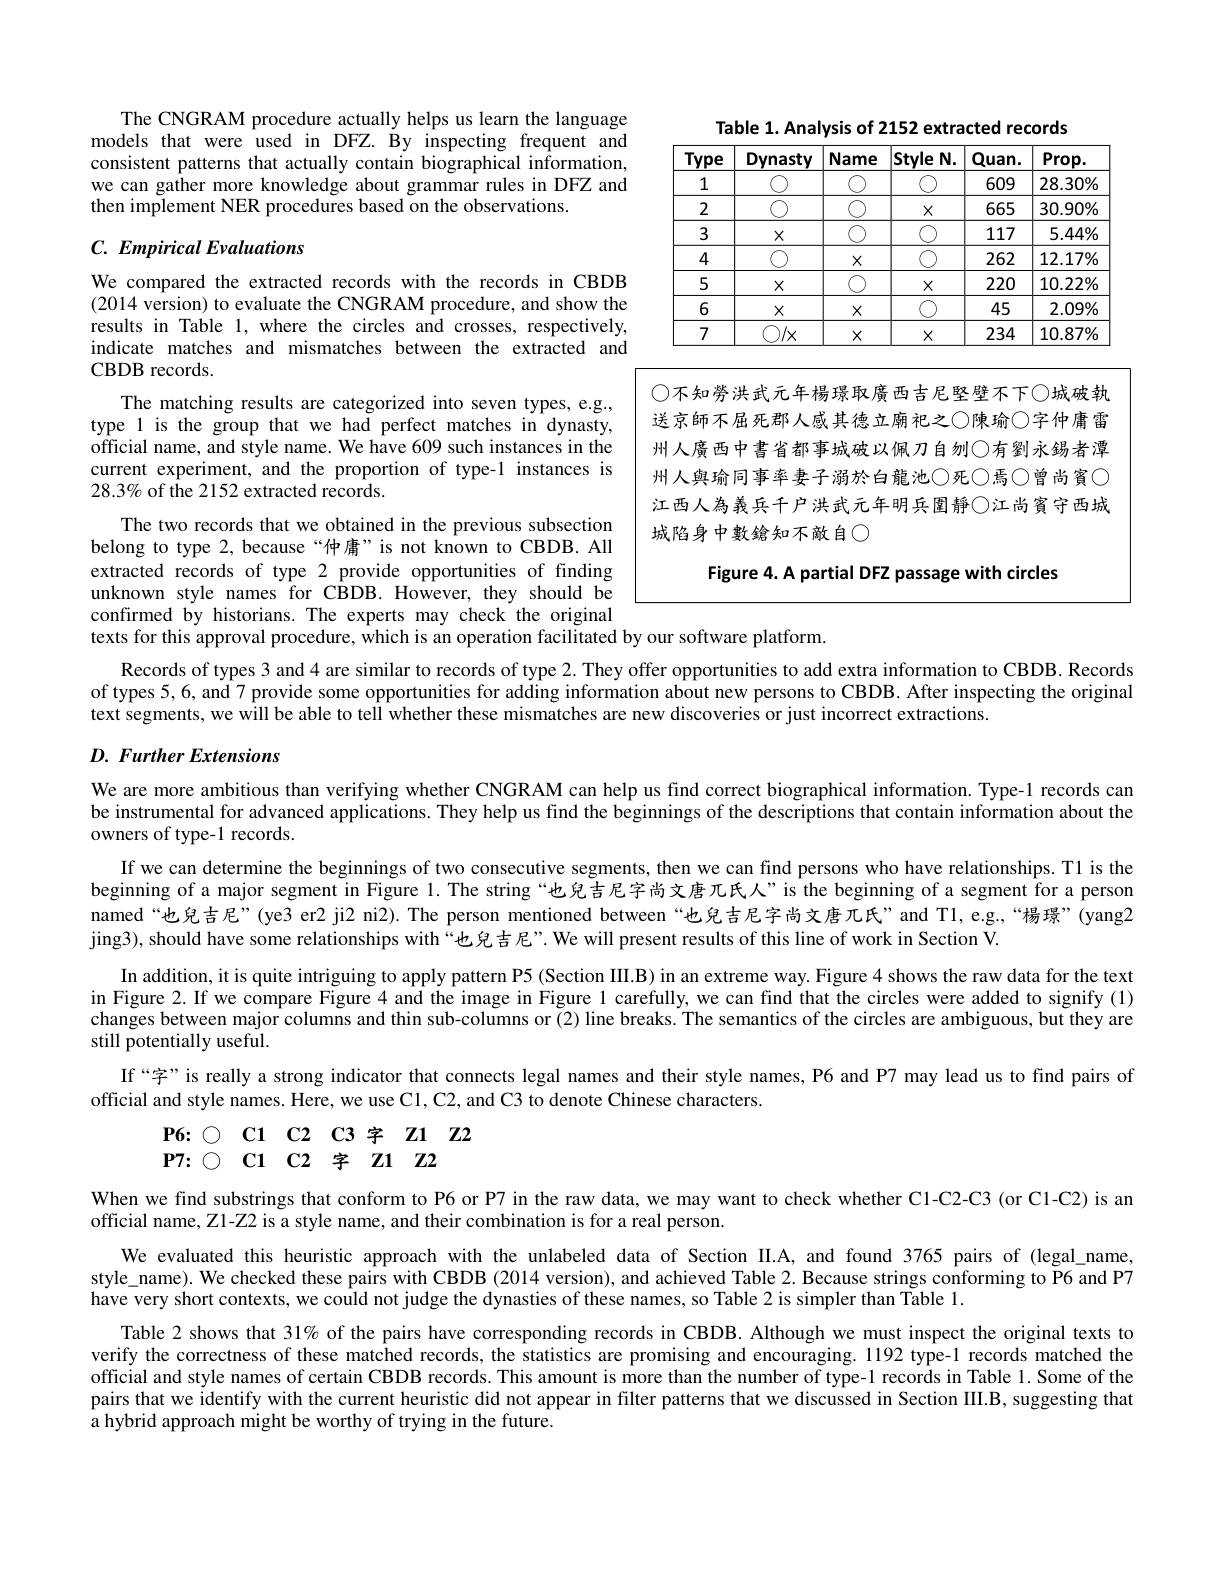
The CNGRAM procedure actually helps us learn the language models that were used in DFZ. By inspecting frequent and consistent patterns that actually contain biographical information, we can gather more knowledge about grammar rules in DFZ and then implement NER procedures based on the observations.

Table 1. Analysis of 2152 extracted records
<table>
	<tbody>
		<tr>
			<th>Type</th>
			<th>Dynasty</th>
			<th>Name</th>
			<th>Style $N.$ 1</th>
			<th>$Quan.$</th>
			<th>$Prop.$</th>
		</tr>
		<tr>
			<td>1</td>
			<td>$C$</td>
			<td> </td>
			<td> </td>
			<td>609</td>
			<td>$28.30\%$</td>
		</tr>
		<tr>
			<td>2</td>
			<td>$C$</td>
			<td> </td>
			<td>$X$</td>
			<td>665</td>
			<td>$30.90\%$</td>
		</tr>
		<tr>
			<td>3</td>
			<td>$X$</td>
			<td> </td>
			<td> </td>
			<td>117</td>
			<td>$5.44\%$</td>
		</tr>
		<tr>
			<td>4</td>
			<td></td>
			<td>$X$</td>
			<td> </td>
			<td>262</td>
			<td>$12.17\%$</td>
		</tr>
		<tr>
			<td>5</td>
			<td>$X$</td>
			<td> </td>
			<td>$X$</td>
			<td>220</td>
			<td>$10.22\%$</td>
		</tr>
		<tr>
			<td>6</td>
			<td>$X$</td>
			<td>$X$</td>
			<td> </td>
			<td>45</td>
			<td>$2.09\%$</td>
		</tr>
		<tr>
			<td>7</td>
			<td>$O/x$</td>
			<td>$X$</td>
			<td>$X$</td>
			<td>234</td>
			<td>$10.87\%$</td>
		</tr>
	</tbody>
</table>

## C. Empirical Evaluations

◯不知勞洪武元年楊璟取廣西吉尼堅壁不下◯城破執送京師不屈死郡人感其德立廟祀之◯陳瑜◯字仲庸雷州人廣西中書省都事城破以佩刀自刎◯有劉永錫者潭州人與瑜同事率妻子溺於白龍池◯死◯焉◯曾尚賓♡ 江西人為義兵千户洪武元年明兵圍靜◯江尚賓守西城城陷身中數鎗知不敵自$\bigcirc$

We compared the extracted records with the records in CBDB (2014 version) to evaluate the CNGRAM procedure, and show the results in Table 1, where the circles and crosses, respectively, indicate matches and mismatches between the extracted and CBDB records.
The matching results are categorized into seven types, e.g., type 1 is the group that we had perfect matches in dynasty, official name, and style name. We have 609 such instances in the current experiment, and the proportion of type-1 instances is $28.3\%$ of the 2152 extracted records.
The two records that we obtained in the previous subsection belong to type 2, because“仲庸”is not known to CBDB. All extracted records of type 2 provide opportunities of finding unknown style names for CBDB. However, they should be confirmed by historians. The experts may check the original texts for this approval procedure, which is an operation facilitated by our software platform.
Records of types 3 and 4 are similar to records of type 2. They offer opportunities to add extra information to CBDB. Records of types 5, 6, and 7 provide some opportunities for adding information about new persons to CBDB. After inspecting the original text segments, we will be able to tell whether these mismatches are new discoveries or just incorrect extractions.

Figure 4. A partial DFZ passage with circles

## D. Further Extensions

We are more ambitious than verifying whether CNGRAM can help us find correct biographical information. Type-1 records can

be instrumental for advanced applications. They help us find the beginnings of the descriptions that contain information about the

owners of type-1 records.
If we can determine the beginnings of two consecutive segments, then we can find persons who have relationships. T1 is the beginning of a major segment in Figure 1. The string “也兒吉尼字尚文唐兀氏人”is the beginning of a segment for a person named“也兒吉尼”(ye3 er2 ji2 ni2). The person mentioned between“也兒吉尼字尚文唐兀氏”and Tl,e.g.“楊璟”(yang2 jing3), should have some relationships with“也兒吉尼”. We will present results of this line of work in Section V.
In addition, it is quite intriguing to apply pattern P5 (Section III.B) in an extreme way. Figure 4 shows the raw data for the text in Figure 2. If we compare Figure 4 and the image in Figure 1 carefully, we can find that the circles were added to signify(1) changes between major columns and thin sub-columns or (2) line breaks. The semantics of the circles are ambiguous, but they are still potentially useful.
If“字”is really a strong indicator that connects legal names and their style names, P6 and P7 may lead us to find pairs of
official and style names. Here, we use C1, C2, and C3 to denote Chinese characters.

$\begin{array}{cccc}{\mathbf{P6:}}&{\bigcirc}&{\mathbf{C1}}&{\mathrm{C2}}&{\mathrm{C3}}&{\mathrm{Z1}}\\{\mathbf{P7:}}&{\bigcirc}&{\mathrm{C1}}&{\mathrm{C2}}&{\mathrm{字}}&{\mathrm{Z1}}&{\mathrm{Z2}}\\\end{array}$

When we find substrings that conform to P6 or P7 in the raw data, we may want to check whether Cl-C2-C3 (or Cl-C2) is an
official name, Z1-Z2 is a style name, and their combination is for a real person.
We evaluated this heuristic approach with the unlabeled data of Section II.A, and found 3765 pairs of (legal\_name, style\_name). We checked these pairs with CBDB (2014 version), and achieved Table 2. Because strings conforming to P6 and P7 $\dot{\text{have very short contexts, we could not judge the dynasties of these names, so Table 2 is simpler than Table 1.}}$
Table 2 shows that 31% of the pairs have corresponding records in CBDB. Although we must inspect the original texts to verify the correctness of these matched records, the statistics are promising and encouraging. 1192 type-1 records matched the official and style names of certain CBDB records. This amount is more than the number of type-1 records in Table 1. Some of the pairs that we identify with the current heuristic did not appear in filter patterns that we discussed in Section III.B, suggesting that a hybrid approach might be worthy of trying in the future.